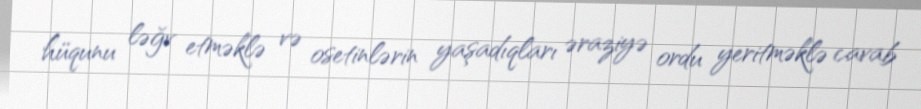
hüqunu ləğv etməklə və osetinlərin yaşadıqları əraziyə ordu yeritməklə cavab